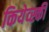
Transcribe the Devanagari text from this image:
कियेव्स्की